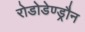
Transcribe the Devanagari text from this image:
रोडोडेण्ड्रौन